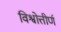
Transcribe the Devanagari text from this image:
विश्वोत्तीर्ण